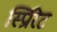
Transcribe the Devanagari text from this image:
स्प्रिरिट